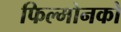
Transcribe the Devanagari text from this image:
फिल्मोनको